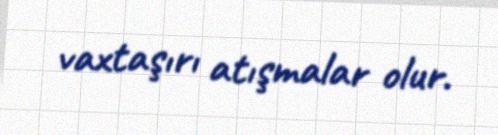
vaxtaşırı atışmalar olur.